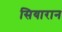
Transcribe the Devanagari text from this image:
सियारान